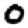
Digit: 0